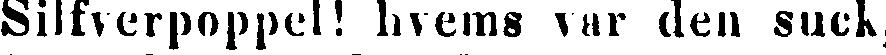
Silfverpoppel! hvems var den suck,